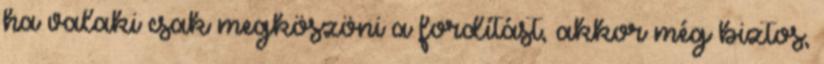
ha valaki csak megköszöni a fordítást, akkor még biztos,